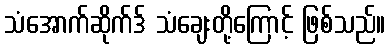
သံအောက်ဆိုက်ဒ် သံချေးတို့ကြောင့် ဖြစ်သည်။